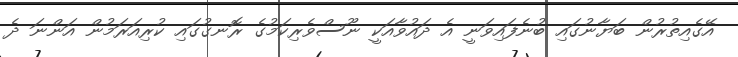
އޭގެއިތުރުން ބަޔާނުގައި ބުނެފައިވަނީ އެ ދައުވާއަކީ ނޫސްވެރިކަމުގެ ރޮނގުގައި ކުރިއަރަމުން އަންނަ ދެ